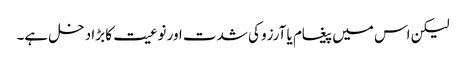
لیکن اس میں پیغام یا آرزو کی شدت اور نوعیت کا بڑا دخل ہے۔